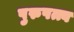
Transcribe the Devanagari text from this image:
पुरुषत्त्व